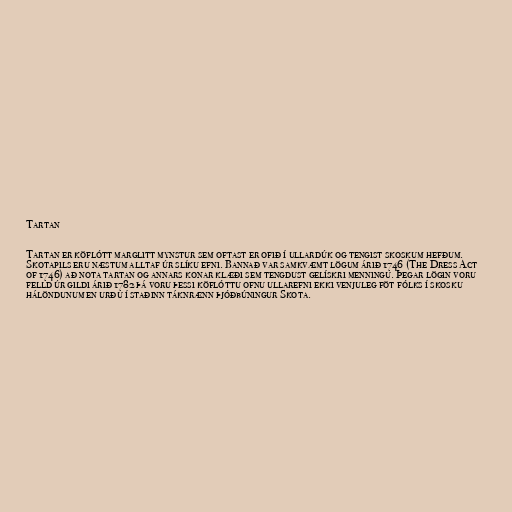
Tartan

Tartan er köflótt marglitt mynstur sem oftast er ofið í ullardúk og tengist skoskum hefðum.
Skotapils eru næstum alltaf úr slíku efni. Bannað var samkvæmt lögum árið 1746 (The Dress Act
of 1746) að nota tartan og annars konar klæði sem tengdust gelískri menningu. Þegar lögin voru
felld úr gildi árið 1782 þá voru þessi köflóttu ofnu ullarefni ekki venjuleg föt fólks í skosku
hálöndunum en urðu í staðinn táknrænn þjóðbúningur Skota.